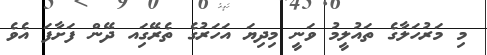
މި މަރުހަލާގެ ތައުލީމު ވަނީ މިދިޔަ އަހަރުގެ ތެރޭގަިއ ދޭން ފަށާފަ އެވެ